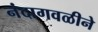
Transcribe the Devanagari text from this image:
नंदागवळीने